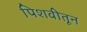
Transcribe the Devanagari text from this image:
पिशवीतून